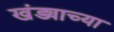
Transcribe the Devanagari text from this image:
खंड्याच्या